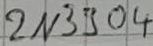
Text: 2N3904